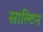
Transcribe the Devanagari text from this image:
साल्टिन